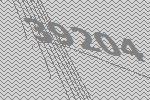
39204